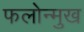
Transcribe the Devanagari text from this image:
फलोन्मुख